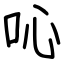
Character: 吣